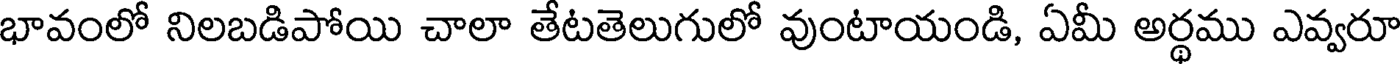
భావంలో నిలబడిపోయి చాలా తేటతెలుగులో వుంటాయండి, ఏమీ అర్థము ఎవ్వరూ